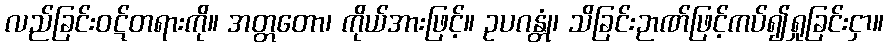
လည်ခြင်းဝဋ်တရားကို။ အတ္တတော၊ ကိုယ်အားဖြင့်။ ဥပဂန္တုံ၊ သိခြင်းဉာဏ်ဖြင့်ကပ်၍ရှုခြင်းငှာ။